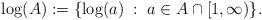
LaTeX: \begin{align*}\log(A) := \{ \log(a) \;:\; a \in A \cap [1,\infty) \}.\end{align*}